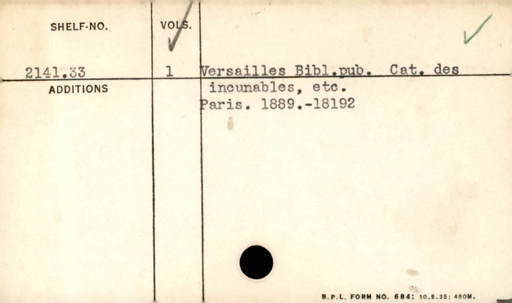
Label: content